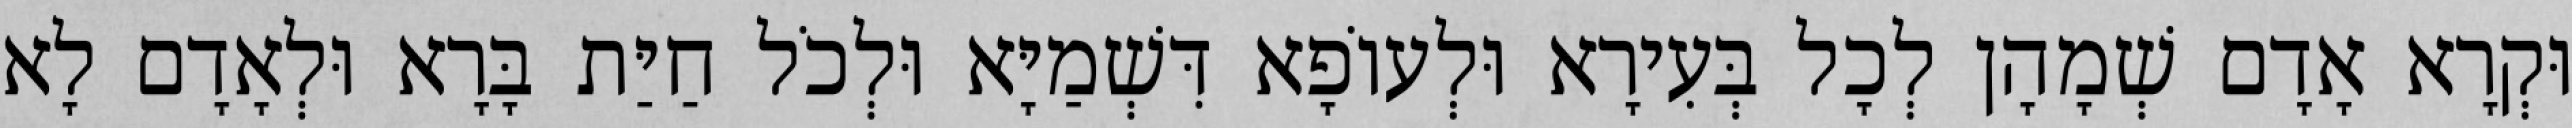
וּקְרָא אָדָם שְׁמָהָן לְכָל בְּעִירָא וּלְעוֹפָא דִּשְׁמַיָּא וּלְכֹל חַיַּת בָּרָא וּלְאָדָם לָא